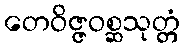
တေဝိဇ္ဇဝစ္ဆသုတ္တံ